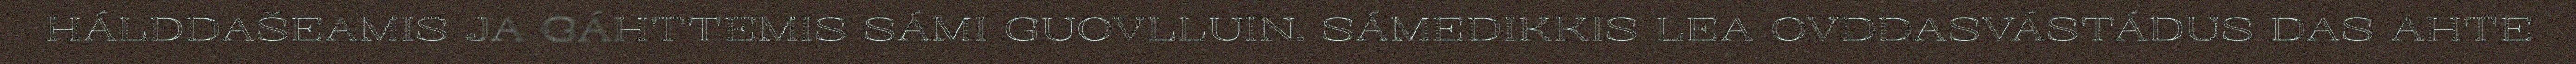
HÁLDDAŠEAMIS JA GÁHTTEMIS SÁMI GUOVLLUIN. SÁMEDIKKIS LEA OVDDASVÁSTÁDUS DAS AHTE